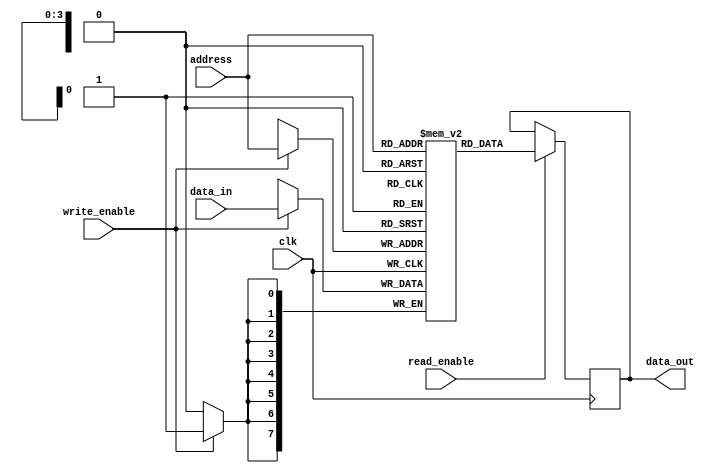
module parameterized_ram #(
    parameter DATA_WIDTH = 8,       // Number of bits in each memory location
    parameter ADDR_WIDTH = 4         // Number of address lines
) (
    input wire clk,                  // Clock signal
    input wire write_enable,         // Control signal to enable writing
    input wire [ADDR_WIDTH-1:0] address, // Address input
    input wire [DATA_WIDTH-1:0] data_in, // Data input for writing
    input wire read_enable,          // Control signal to enable reading
    output reg [DATA_WIDTH-1:0] data_out // Data output after a read
);

    // Memory array declaration: 2^ADDR_WIDTH locations of DATA_WIDTH bits each
    reg [DATA_WIDTH-1:0] mem_array [(2**ADDR_WIDTH)-1:0]; 

    // Synchronous write operation
    always @(posedge clk) begin
        if (write_enable) begin
            mem_array[address] <= data_in; // Write data to the specified address
        end
    end

    // Synchronous read operation
    always @(posedge clk) begin
        if (read_enable) begin
            data_out <= mem_array[address]; // Read data from the specified address
        end
    end
    
endmodule